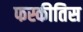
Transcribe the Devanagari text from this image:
फस्कीतिस